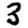
Digit: 3